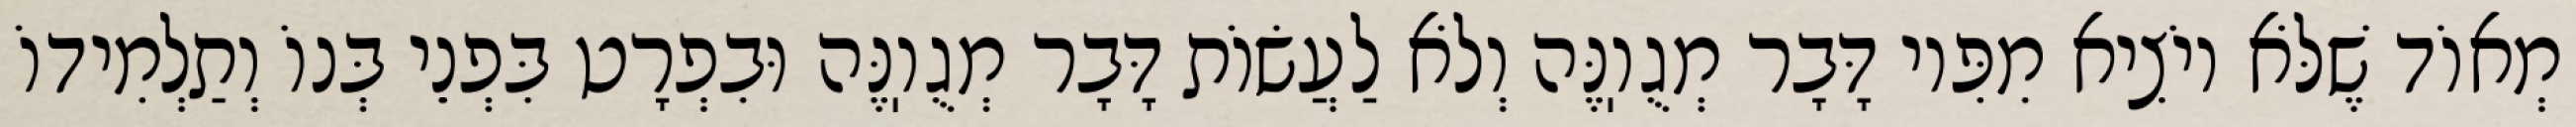
מְאוֹד שֶׁלֹּא יוֹצִיא מִפִּיו דָּבָר מְגֻוֽנֶּה וְלֹא לַעֲשׂוֹת דָּבָר מְגֻוֽנֶּה וּבִפְרָט בִּפְנֵי בְּנוֹ וְתַלְמִידוֹ